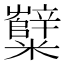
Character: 糱